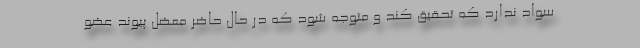
سواد ندارد که تحقیق کند و متوجه شود که در حال حاضر معضل پیوند عضو